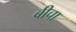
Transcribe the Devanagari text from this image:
बीचा